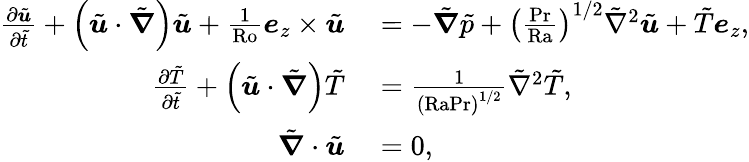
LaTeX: \begin{array}{rl}{\frac{\partial\tilde{\boldsymbol{u}}}{\partial\tilde{t}}+\left(\tilde{\boldsymbol{u}}\cdot\tilde{\boldsymbol{\nabla}}\right)\tilde{\boldsymbol{u}}+\frac{1}{\textrm{Ro}}\boldsymbol{e}_{z}\times\tilde{\boldsymbol{u}}}&{{}=-\tilde{\boldsymbol{\nabla}}\tilde{p}+\left(\frac{\textrm{Pr}}{\textrm{Ra}}\right)^{1/2}\tilde{\nabla}^{2}\tilde{\boldsymbol{u}}+\tilde{T}\boldsymbol{e}_{z},}\\ {\frac{\partial\tilde{T}}{\partial\tilde{t}}+\left(\tilde{\boldsymbol{u}}\cdot\tilde{\boldsymbol{\nabla}}\right)\tilde{T}}&{{}=\frac{1}{\left(\textrm{Ra}\textrm{Pr}\right)^{1/2}}\tilde{\nabla}^{2}\tilde{T},}\\ {\tilde{\boldsymbol{\nabla}}\cdot\tilde{\boldsymbol{u}}}&{{}=0,}\end{array}